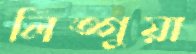
লিঙ্গুয়া